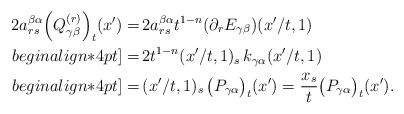
LaTeX: \begin{align*}2a^{\beta\alpha}_{rs}\Big(Q^{(r)}_{\gamma\beta}\Big)_t(x')=&\, 2a^{\beta\alpha}_{rs}t^{1-n}(\partial_r E_{\gamma\beta})(x'/t,1)\\begin{align*}4pt]=&\,2t^{1-n}(x'/t,1)_s \,k_{\gamma\alpha}(x'/t,1)\\begin{align*}4pt]= &\,(x'/t,1)_s\,\big(P_{\gamma\alpha}\big)_t(x')=\frac{x_s}{t}\big(P_{\gamma\alpha}\big)_t(x').\end{align*}